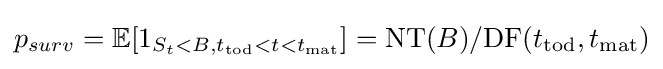
p_{surv}=\mathbb {E} [1_{S_{t}<B,t_{\textrm {tod}}<t<t_{\textrm {mat}}}]=\mathrm {NT} (B)/\mathrm {DF} (t_{\textrm {tod}},t_{\textrm {mat}})